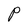
Character: P